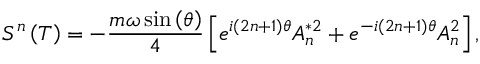
S ^ { n } \left( T \right) = - \frac { m \omega \sin \left( \theta \right) } 4 \left[ e ^ { i \left( 2 n + 1 \right) \theta } A _ { n } ^ { * 2 } + e ^ { - i \left( 2 n + 1 \right) \theta } A _ { n } ^ { 2 } \right] ,